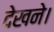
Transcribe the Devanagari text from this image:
देखने।